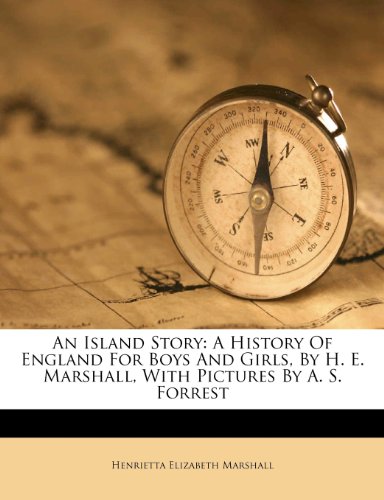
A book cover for An Island Story: A History Of England For Boys And Girls, By H. E. Marshall, With Pictures By A. S. Forrest; Henrietta Elizabeth Marshall; History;